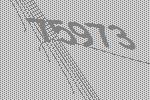
75973